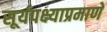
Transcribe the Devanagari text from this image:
सूर्यपक्ष्याप्रमाणे